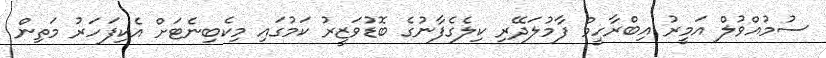
ސުމުއްވުލް އަމީރު އިބްރާހީމް ފާމުލަދޭރި ކިލެގެފާނުގެ ބޮޑުވަޒީރު ކަމުގައި މިކެބިނެޓަށް އެކިފަހަރު މަތިން